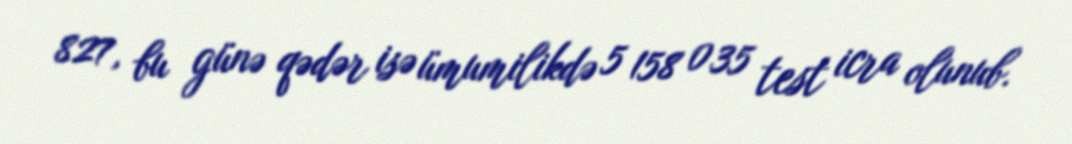
827, bu günə qədər isə ümumilikdə 5 158 035 test icra olunub.